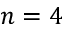
n = 4